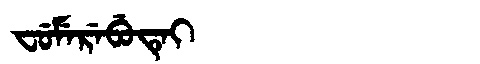
Manchu: ᠸᡠᠮᡝᡵᡝᠪᡠᡨᡝᡳ
Romanization: FUMEREBUTEI